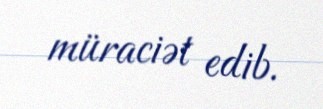
müraciət edib.